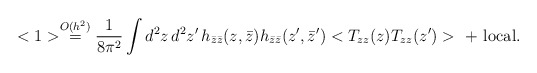
\begin{align*}<1> \stackrel{O(h^2)}{=}\frac{1}{8\pi^2} \int d^2z\, d^2z'\, h_{\bar z\bar z}(z,\bar z)h_{\bar z\bar z}(z', \bar z')< T_{zz}(z) T_{zz}(z') >\ +\ {\rm local}. \end{align*}